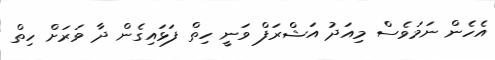
އެހެން ނަމަވެސް މިއަދު އަޝްރަފް ވަނީ ހިތް ފަޅައިގެން ދާ ވަރަށް ހިތް